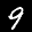
Label: 9